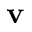
\mathbf { v }